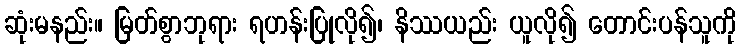
ဆုံးမနည်း။ မြတ်စွာဘုရား ရဟန်းပြုလို၍၊ နိဿယည်း ယူလို၍ တောင်းပန်သူကို